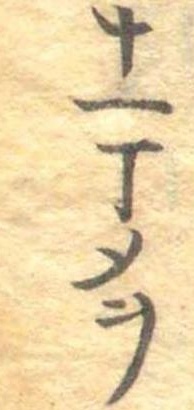
十一丁メヲ